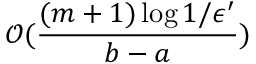
\mathcal { O } ( \frac { ( m + 1 ) \log { 1 / \epsilon ^ { \prime } } } { b - a } )